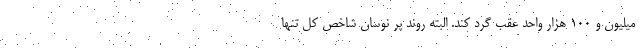
میلیون و ۱۰۰ هزار واحد عقب گرد کند. البته روند پر نوسان شاخص کل تنها